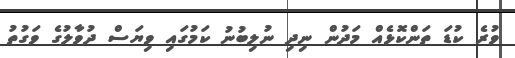
ވުރެ ކުޑަ ތަންކޮޅެއް މަދުން ނިދި ނުލިބުނު ކަމުގައި ވިޔަސް ދުވާލުގެ ވަގުތު